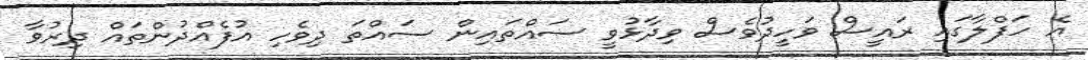
އެ ހަފްލާގައި ރައީސް ވަހީދުވެސް ވިދާޅުވީ ސައްތައިން ސައްތަ ދިވެހި އުފެއްދުންތައް ދިރުވާ